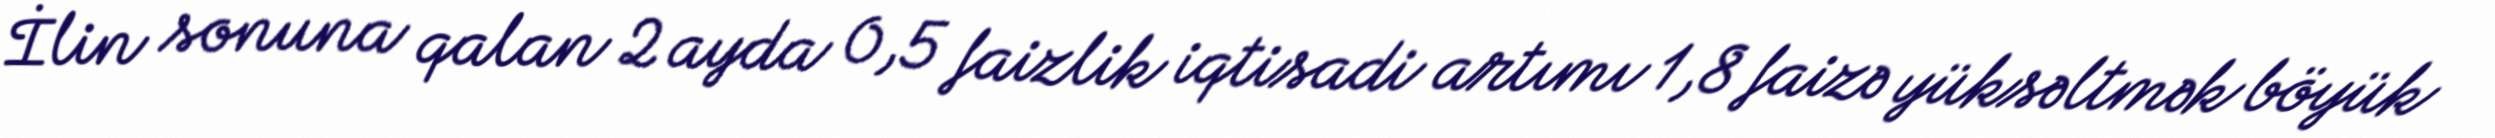
İlin sonuna qalan 2 ayda 0,5 faizlik iqtisadi artımı 1,8 faizə yüksəltmək böyük